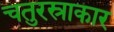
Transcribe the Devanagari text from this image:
चतुरस्राकार